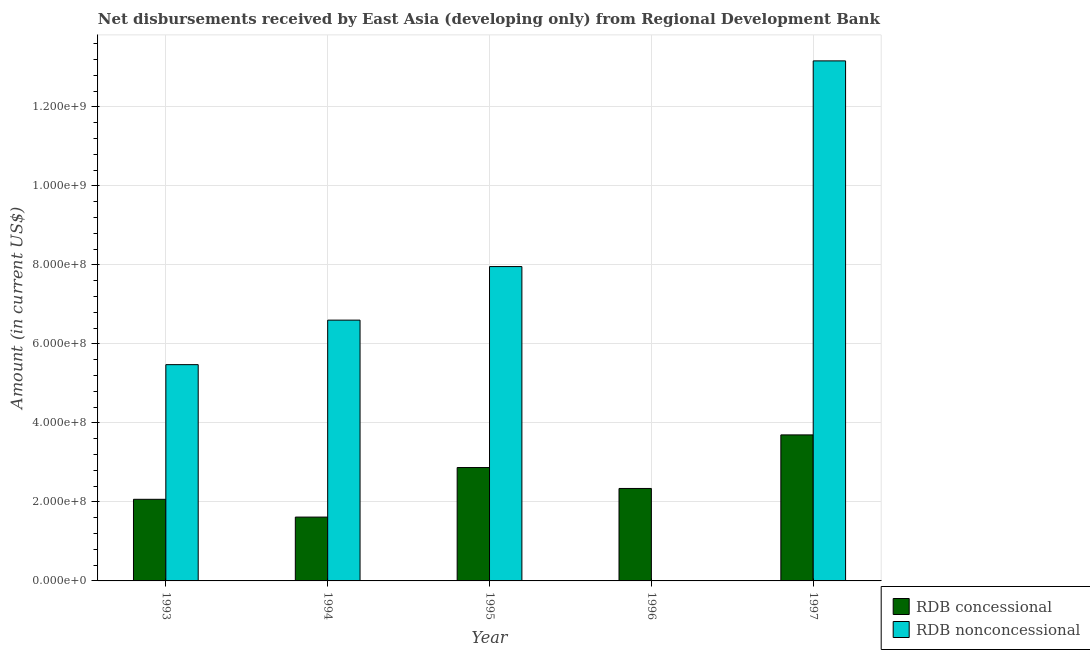
| Year | RDB concessional | RDB nonconcessional |
 | --- | --- | --- |
 | 1993 | 2.07e+08 | 5.48e+08 |
 | 1994 | 1.62e+08 | 6.6e+08 |
 | 1995 | 2.87e+08 | 7.96e+08 |
 | 1996 | 2.34e+08 | -1.45e+08 |
 | 1997 | 3.7e+08 | 1.32e+09 |